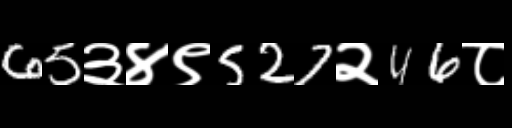
Text: 65३४९527२46८